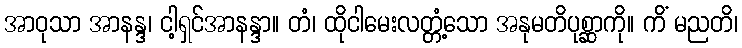
အာဝုသာ အာနန္ဒ၊ ငါ့ရှင်အာနန္ဒာ။ တံ၊ ထိုငါမေးလတ္တံ့သော အနုမတိပုစ္ဆာကို။ ကိံ မညတိ၊